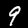
Digit: 9